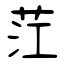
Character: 茳